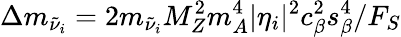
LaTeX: \Delta m_{\tilde{\nu}_{i}}=2m_{\tilde{\nu}_{i}}M_{Z}^{2}m_{A}^{4}|\eta_{i}|^{2}c_{\beta}^{2}s_{\beta}^{4}/F_{S}